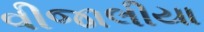
વીજાલીયા